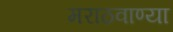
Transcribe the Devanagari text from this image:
मराठवाण्या